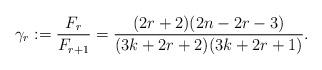
LaTeX: \begin{align*}\gamma_r:=\frac{F_r}{F_{r+1}} = \frac{(2r+2)(2n-2r-3)}{(3k+2r+2)(3k+2r+1)}.\end{align*}